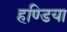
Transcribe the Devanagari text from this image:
हण्डिया